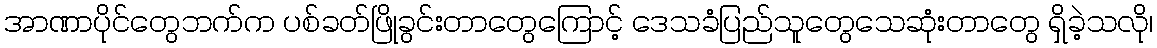
အာဏာပိုင်တွေဘက်က ပစ်ခတ်ဖြိုခွင်းတာတွေကြောင့် ဒေသခံပြည်သူတွေသေဆုံးတာတွေ ရှိခဲ့သလို၊